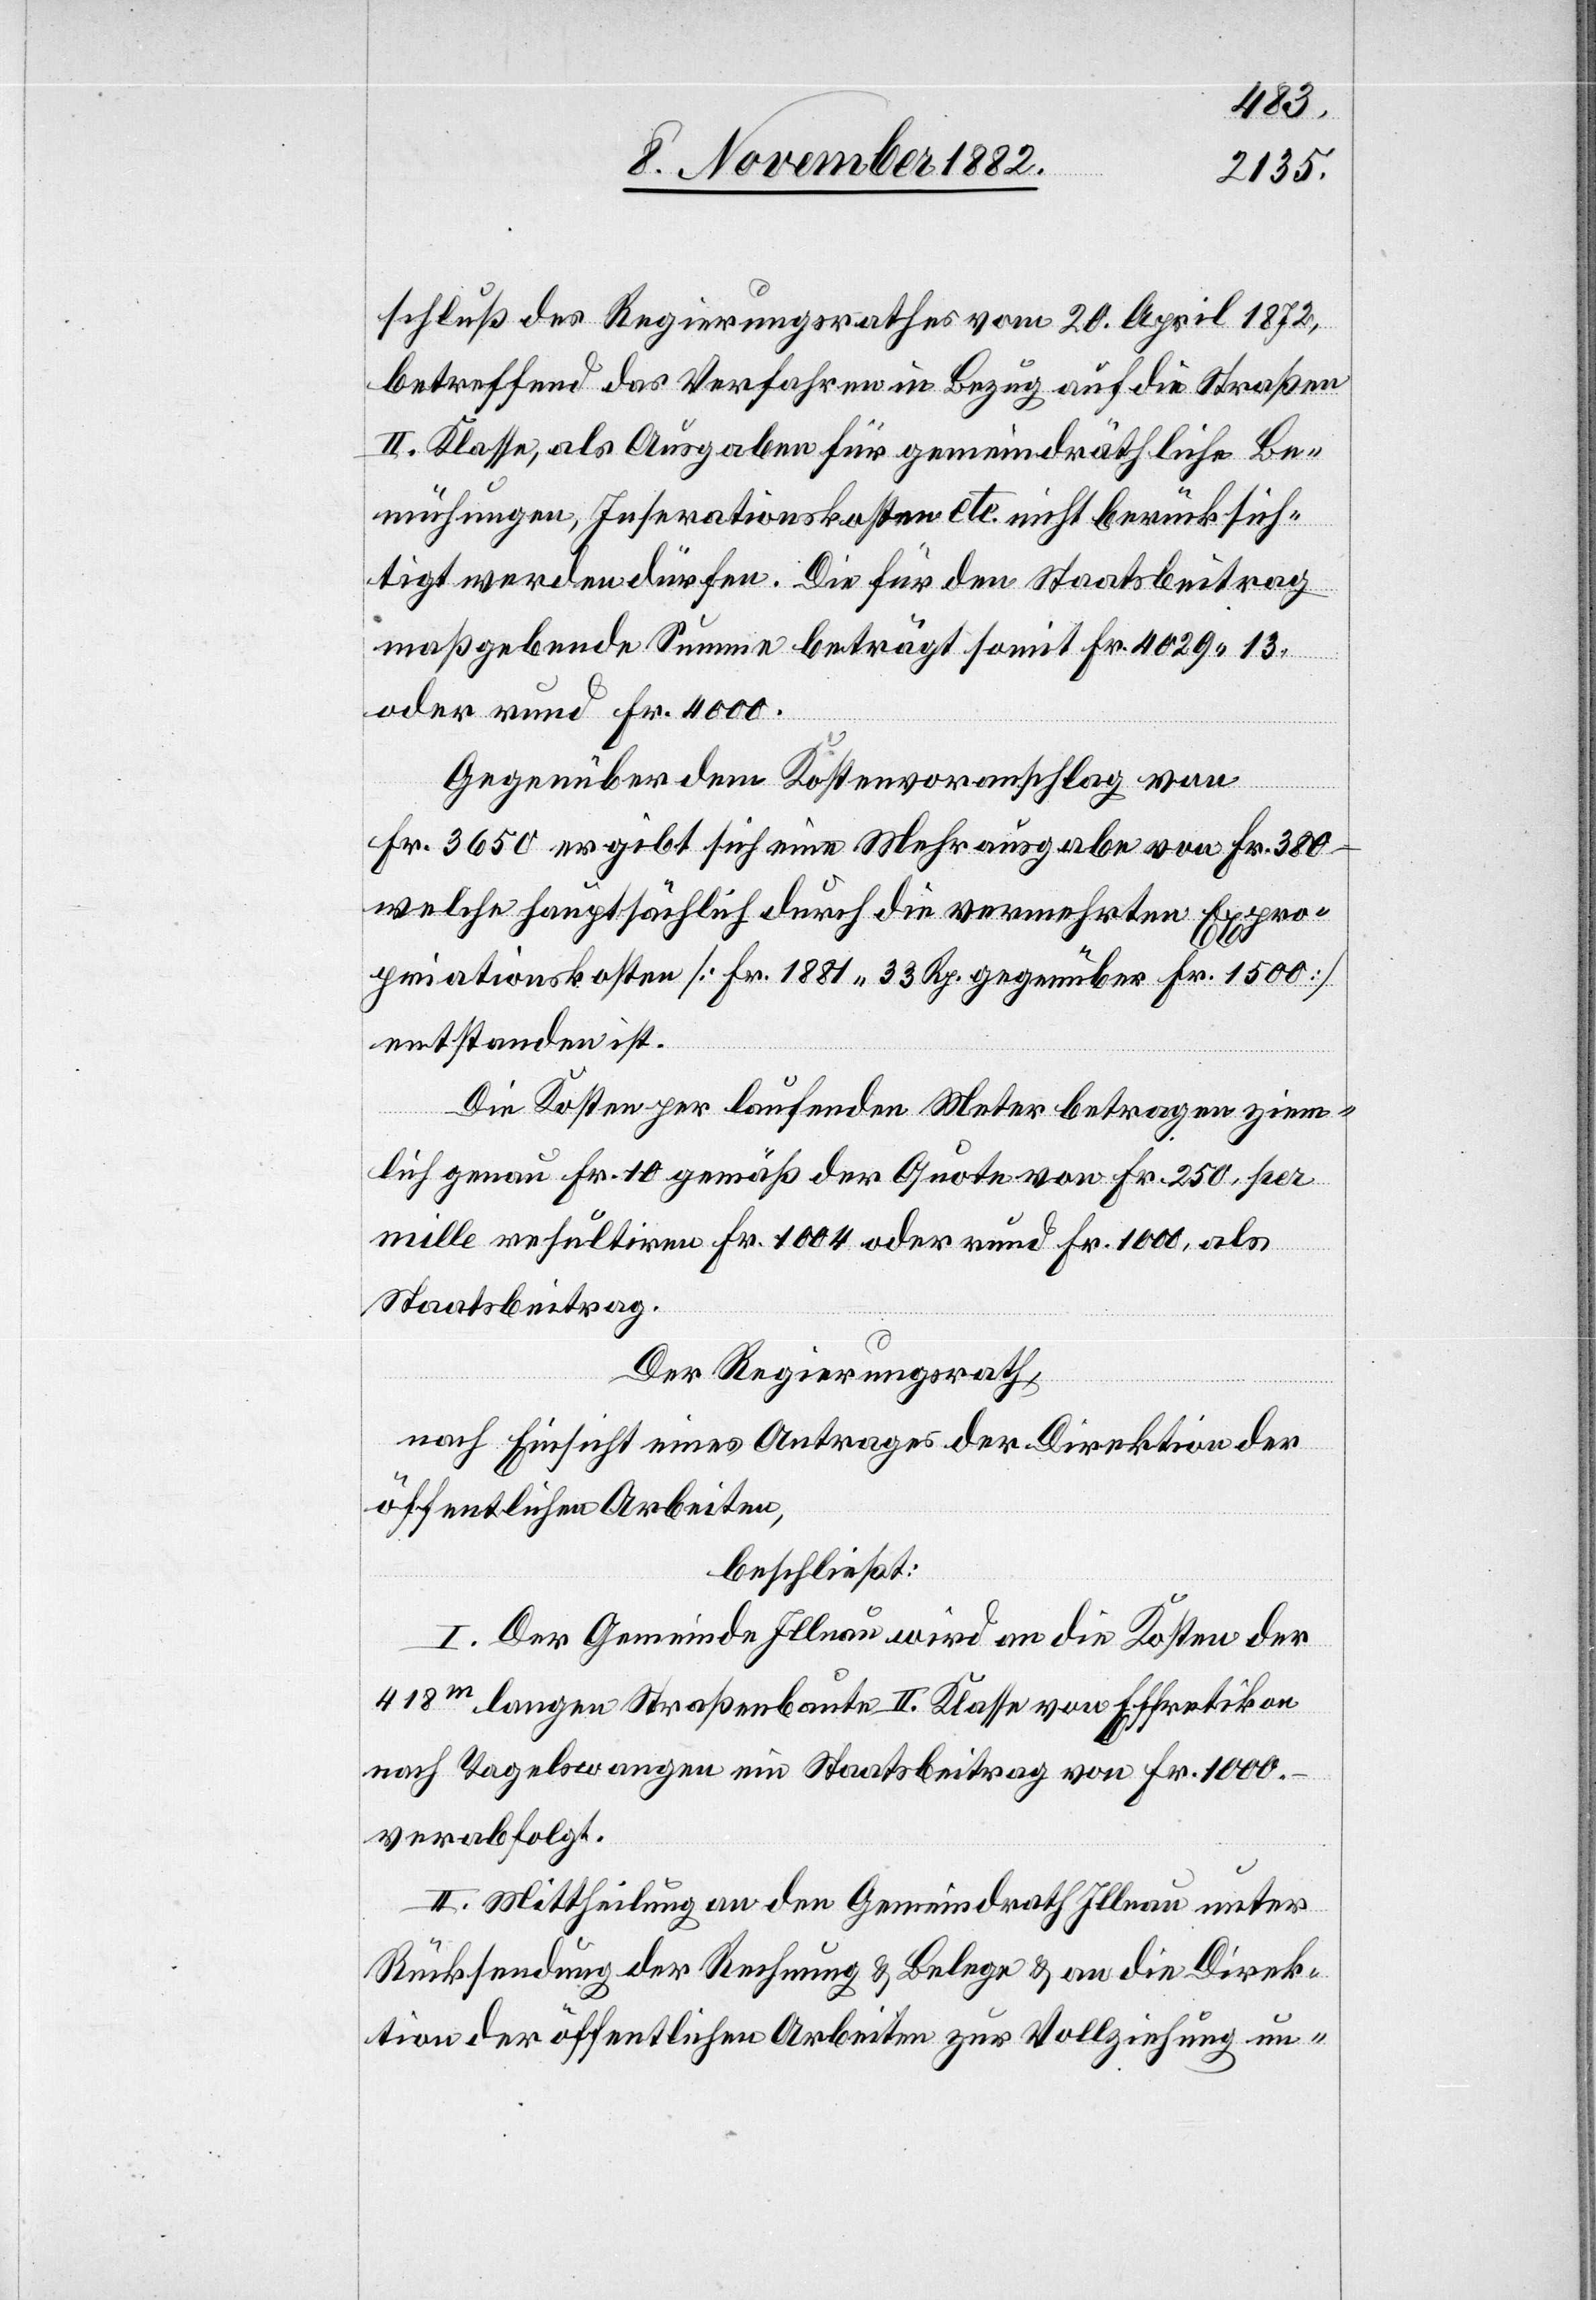
schluß des Regierungsrathes vom 20. April 1872,
betreffend das Gefahren in Bezug auf die Straßen
II. Klasse, als Ausgaben für gemeindräthliche Be¬
mühungen, Inserationskosten etc. nicht berücksich¬
tigt werden dürfen. Die für den Staatsbeitrag
maßgebende Summe beträgt somit Fr. 4029 13
oder rund Fr. 4000.
Gegenüber dem Kostenvoranschlag von
Fr. 3650 ergibt sich eine Mehrausgabe von Fr. 380 –
welche hauptsächlich durch die vermehrten Expro¬
priationskosten [Fr. 1881 33 Rp. gegenüber Fr. 1500]
entstanden ist.
Die Kosten per laufenden Meter betragen ziem¬
lich genau Fr. 10 gemäß der Quote von Fr. 250, per
mille resultiren Fr. 1004 oder rund Fr. 1000, als
Staatsbeitrag.
Der Regierungsrath,
nach Einsicht eines Antrages der Direktion der
öffentlichen Arbeiten,
beschließt:
I. Der Gemeinde Illnau wird an die Kosten der
418m langen Straßenbaute II. Klasse von Effretikon
nach Tagelswangen ein Staatsbeitrag von Fr. 1000
verabfolgt.
II. Mittheilung an den Gemeindrath Illnau unter
Rücksendung der Rechnung & Belege & an die Direk¬
tion der öffentlichen Arbeiten zur Vollziehung un-